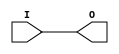
///////////////////////////////////////////////////////////////////////////////
// Copyright (c) 1995/2015 Xilinx, Inc.
// All Right Reserved.
///////////////////////////////////////////////////////////////////////////////
//   ____  ____
//  /   /\/   /
// /___/  \  /    Vendor : Xilinx
// \   \   \/     Version : 2015.4
//  \   \         Description : Xilinx Formal Library Component
//  /   /                  Clock Buffer
// /___/   /\     Filename : AUTOBUF.v
// \   \  /  \
//  \___\/\___\
//
///////////////////////////////////////////////////////////////////////////////
// Revision:
//    04/08/08 - Initial version.
// End Revision
///////////////////////////////////////////////////////////////////////////////

`timescale  1 ps / 1 ps

`celldefine

module AUTOBUF (O, I);

    parameter BUFFER_TYPE = "AUTO";
 
`ifdef XIL_TIMING //Simprim

  parameter LOC = "UNPLACED";

`endif


    output O;

    input  I;

    initial begin
    case (BUFFER_TYPE)
      "AUTO" : ;
      "BUFG" : ;
      "BUFH" : ;
      "BUFIO" : ;
      "BUFR" : ;
      "IBUF" : ;
      default : begin
        $display("Attribute Syntax Error : The Attribute BUFFER_TYPE on AUTOBUF instance %m is set to %s.  Legal values for this attribute are AUTO, BUFG, BUFH, BUFIO, BUFR and IBUF.", BUFFER_TYPE);
      end
    endcase
    end

  buf B1 (O, I);


endmodule

`endcelldefine